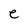
Character: e